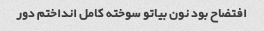
افتضاح بود نون بیاتو سوخته کامل انداختم دور